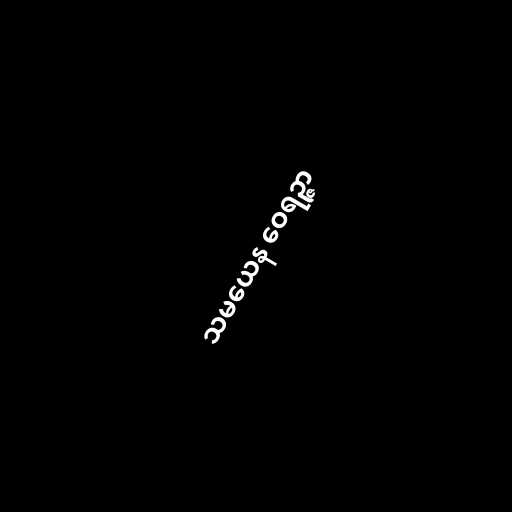
သမယေန ဝေရဉ္ဇာ